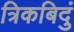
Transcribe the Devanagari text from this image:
त्रिकबिदुं